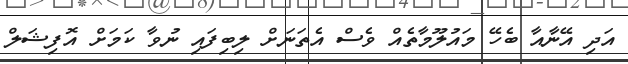
އަދި އޭނާއާ ބެހޭ މައުލޫމާތެއް ވެސް އެތަނަށް ލިބިފައި ނުވާ ކަމަށް އޮފިޝަލް